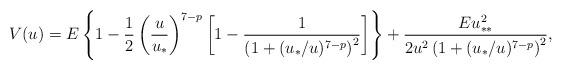
LaTeX: \begin{align*}V(u)=E\left \{1-\frac{1}{2}\left(\frac{u}{u_*}\right)^{7-p} \left [1-\frac{1}{\left(1+(u_*/u)^{7-p}\right)^2}\right] \right\} +\frac{Eu_{**}^2}{2u^2 \left (1+(u_*/u)^{7-p}\right)^2},\end{align*}